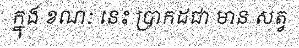
ក្នុង ខណៈ នេះ ប្រាកដជា មាន សត្វ